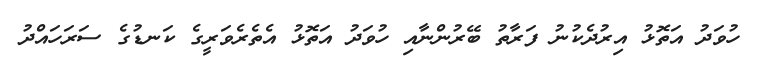
ހުވަދު އަތޮޅު އިރުދެކުނު ފަރާތު ބޭރުންނާއި ހުވަދު އަތޮޅު އެތެރެވަރީގެ ކަނޑުގެ ސަރަހައްދު